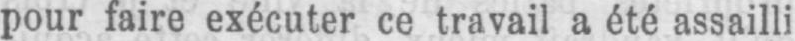
pour faire exécuter ce travail a été assailli